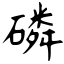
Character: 磷